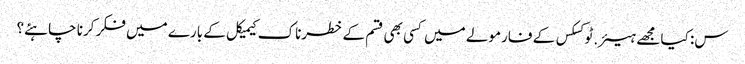
س: کیا مجھے ہیئر.ٹوکسکس کے فارمولے میں کسی بھی قسم کے خطرناک کیمیکل کے بارے میں فکر کرنا چاہئے؟